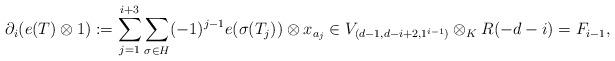
LaTeX: \begin{align*}\partial_i(e(T) \otimes 1) := \sum_{j=1}^{i+3} \sum_{\sigma \in H} (-1)^{j-1} e(\sigma(T_j)) \otimes x_{a_j} \in V_{(d-1, d-i+2, 1^{i-1})} \otimes_K R(-d-i) =F_{i-1},\end{align*}